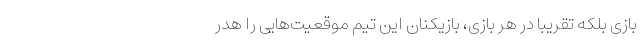
بازی بلکه تقریباً در هر بازی، بازیکنان این تیم موقعیت‌هایی را هدر